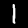
Digit: 1